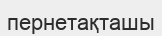
пернетақташы